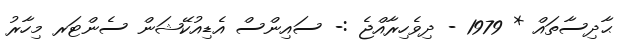
ޙާދިސާތައް * 1979 - ދިވެހިރާއްޖެ :- ސައިންސް އެޑިއުކޭޝަން ސެންޓަރ މިހާރު